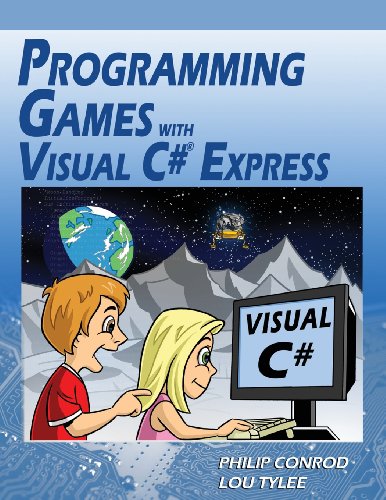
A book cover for Programming Games with Visual C# Express; Philip Conrod; Children's Books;